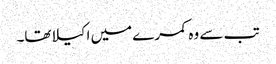
تب سے وہ کمرے میں اکیلاتھا۔